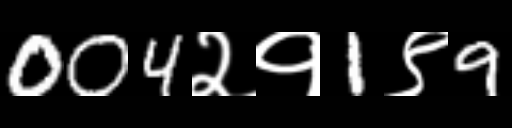
Text: 004२१1९9